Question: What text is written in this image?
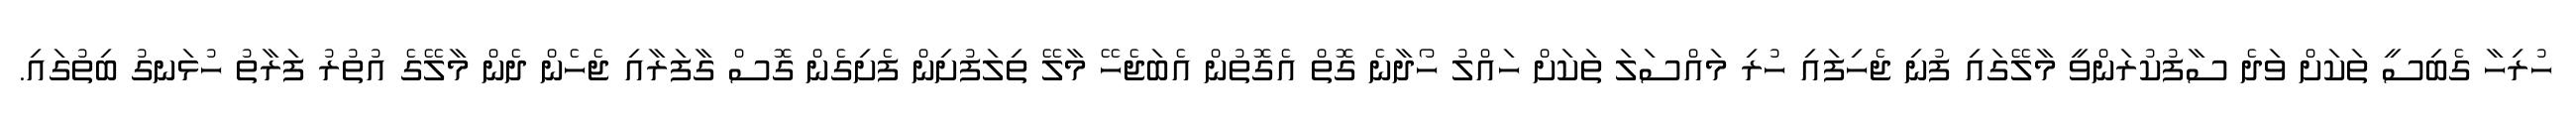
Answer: ހުރިހާ ގެބިސީ ތަކަށް ވަދެ ސާފުކުރަންވީ މާލޭގައި ފުނި ޖެހިފައި ހުރި މައްސަލަ ތަކަށް ހައްލު ހޯދާނެ ގޮތް އެގޮތުން އެބަޖެހޭ މާލޭ ތިލަފުށިން ފެށިގެން ގޮސް ގާފަރާއި ޖެހެން ދެން މާލޭގެ އުތުރު ފަރާތު ހުޅަނގު ބިތުގައި.